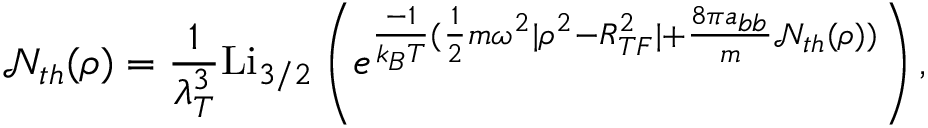
\mathcal { N } _ { t h } ( \rho ) = \frac { 1 } { \lambda _ { T } ^ { 3 } } \mathrm { L i } _ { 3 / 2 } \left( e ^ { \frac { - 1 } { k _ { B } T } ( \frac { 1 } { 2 } m \omega ^ { 2 } | \rho ^ { 2 } - R _ { T F } ^ { 2 } | + \frac { 8 \pi a _ { b b } } { m } \mathcal { N } _ { t h } ( \rho ) ) } \right) ,